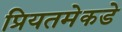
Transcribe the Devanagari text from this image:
प्रियतमेकडे